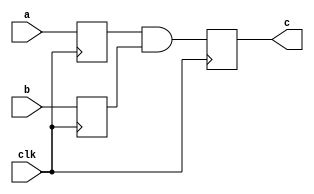
/////////////////////////////////////////
//  Functionality: a pipelined 2-input AND 
//                 where inputs and outputs are registered
////////////////////////////////////////
`timescale 1ns / 1ps

module and2_pipelined(
  clk,
  a,
  b,
  c);

input wire clk;
input wire a;
input wire b;
output wire c;

reg a_reg;
reg b_reg;
reg c_reg;

always @(posedge clk) begin
  a_reg <= a;
  b_reg <= b;
end

always @(posedge clk) begin
  c_reg <= a_reg & b_reg;
end

assign c = c_reg;

endmodule